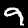
Label: 9